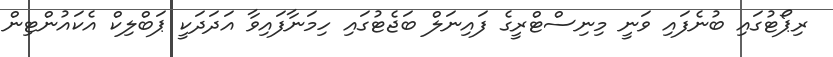
ރިޕޯޓުގައި ބުނެފައި ވަނީ މިނިސްޓްރީގެ ފައިނަލް ބަޖެޓުގައި ހިމަނާފައިވާ އަދަދަކީ ޕަބްލިކް އެކައުންޓިން